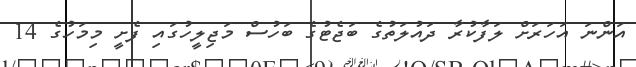
އަންނަ އަހަރަށް ލަފާކުރާ ދައުލަތުގެ ބަޖެޓުގެ ބަހުސް މަޖިލީހުގައި ފެށީ މިމަހުގެ 14